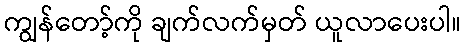
ကျွန်တော့်ကို ချက်လက်မှတ် ယူလာပေးပါ။